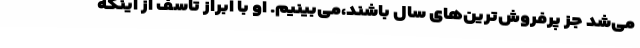
می‌شد جز پرفروش‌ترین‌های سال باشند،می‌بینیم. او با ابراز تاسف از اینکه